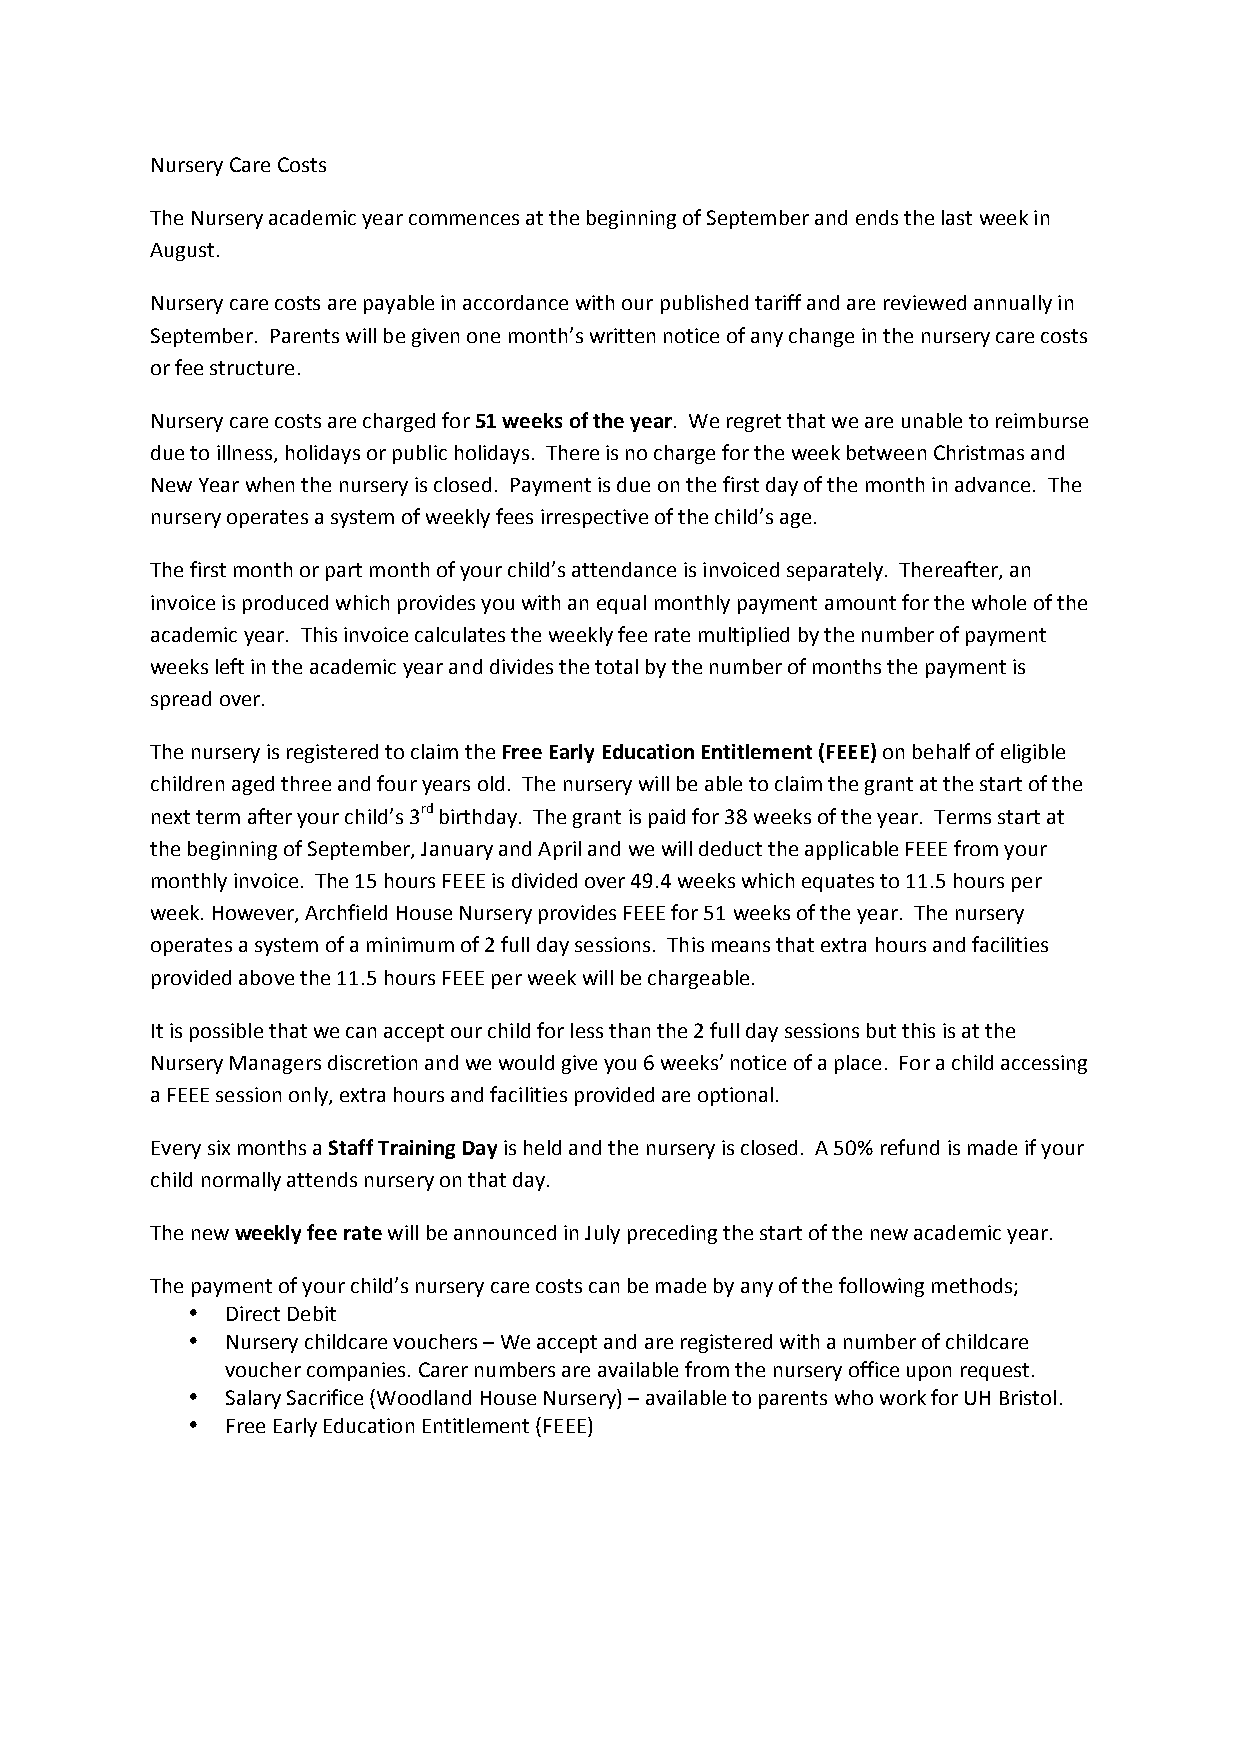
Nursery Care Costs
 The Nursery academic year commences at the beginning of September and ends the last week in
 August.
 Nursery care costs are payable in accordance with our published tariff and are reviewed annually in
 September. Parents will be given one month’s written notice of any change in the nursery care costs
 or fee structure.
 Nursery care costs are charged for 51 weeks of the year. We regret that we are unable to reimburse
 due to illness, holidays or public holidays. There is no charge for the week between Christmas and
 New Year when the nursery is closed. Payment is due on the first day of the month in advance. The
 nursery operates a system of weekly fees irrespective of the child’s age.
 The first month or part month of your child’s attendance is invoiced separately. Thereafter, an
 invoice is produced which provides you with an equal monthly payment amount for the whole of the
 academic year. This invoice calculates the weekly fee rate multiplied by the number of payment
 weeks left in the academic year and divides the total by the number of months the payment is
 spread over.
 The nursery is registered to claim the Free Early Education Entitlement (FEEE) on behalf of eligible
 children aged three and four years old. The nursery will be able to claim the grant at the start of the
 next term after your child’s 3rd birthday. The grant is paid for 38 weeks of the year. Terms start at
 the beginning of September, January and April and we will deduct the applicable FEEE from your
 monthly invoice. The 15 hours FEEE is divided over 49.4 weeks which equates to 11.5 hours per
 week. However, Archfield House Nursery provides FEEE for 51 weeks of the year. The nursery
 operates a system of a minimum of 2 full day sessions. This means that extra hours and facilities
 provided above the 11.5 hours FEEE per week will be chargeable.
 It is possible that we can accept our child for less than the 2 full day sessions but this is at the
 Nursery Managers discretion and we would give you 6 weeks’ notice of a place. For a child accessing
 a FEEE session only, extra hours and facilities provided are optional.
 Every six months a Staff Training Day is held and the nursery is closed. A 50% refund is made if your
 child normally attends nursery on that day.
 The new weekly fee rate will be announced in July preceding the start of the new academic year.
 The payment of your child’s nursery care costs can be made by any of the following methods;
 •  Direct Debit
 •  Nursery childcare vouchers – We accept and are registered with a number of childcare
 voucher companies. Carer numbers are available from the nursery office upon request.
 •  Salary Sacrifice (Woodland House Nursery) – available to parents who work for UH Bristol.
 •  Free Early Education Entitlement (FEEE)